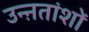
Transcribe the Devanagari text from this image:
उन्ऩतांशों